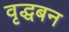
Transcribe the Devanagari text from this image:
वृद्धबन